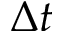
\Delta t